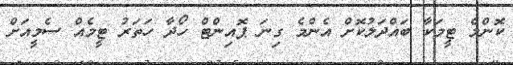
ކޮންމެ ޓީމަކާ ބައްދަލުކޮށް އެންމެ ގިނަ ޕޮއިންޓް ހޯދާ ހަތަރު ޓީމެއް ސެމީއަށް